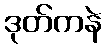
ဒုတ်ကနဲ